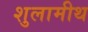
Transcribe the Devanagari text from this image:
शुलामीथ